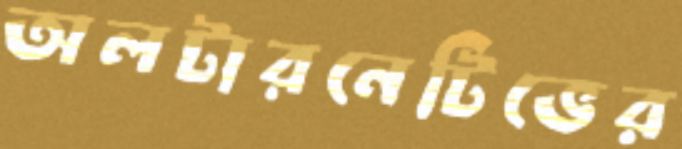
অলটারনেটিভের